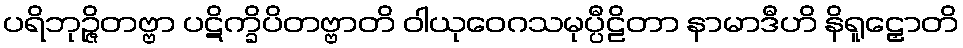
ပရိဘုဉ္ဇိတဗ္ဗာ ပဋိက္ခိပိတဗ္ဗာတိ ဝါယုဝေဂသမုပ္ပီဠိတာ နာမာဒီဟိ နိရူဠှောတိ